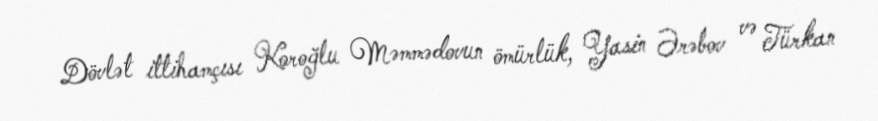
Dövlət ittihamçısı Koroğlu Məmmədovun ömürlük, Yasin Ərəbov və Türkan